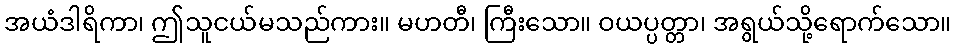
အယံဒါရိကာ၊ ဤသူငယ်မသည်ကား။ မဟတီ၊ ကြီးသော။ ဝယပ္ပတ္တာ၊ အရွယ်သို့ရောက်သော။